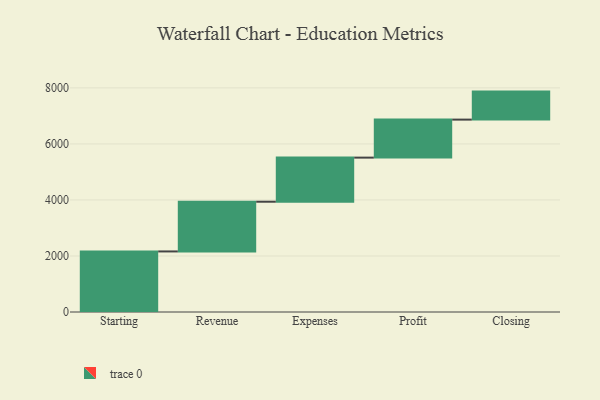
{"axis": {"x": "Step", "y": "Value"}, "legend": [""], "data": [{"x": "Starting", "y": 2162.0, "type": ""}, {"x": "Revenue", "y": 1775.0, "type": ""}, {"x": "Expenses", "y": 1574.0, "type": ""}, {"x": "Profit", "y": 1357.0, "type": ""}, {"x": "Closing", "y": 1000, "type": ""}]}